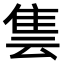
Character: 𨾜